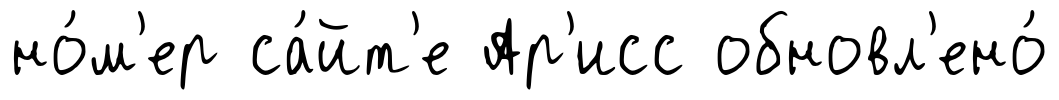
но́м'ер са́йт'е Ар'исс обновл'ено́